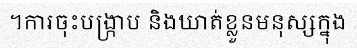
។ការចុះបង្ក្រាប និងឃាត់ខ្លួនមនុស្សក្នុង